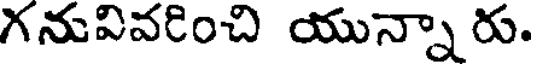
గనువివరించి యున్నా రు.